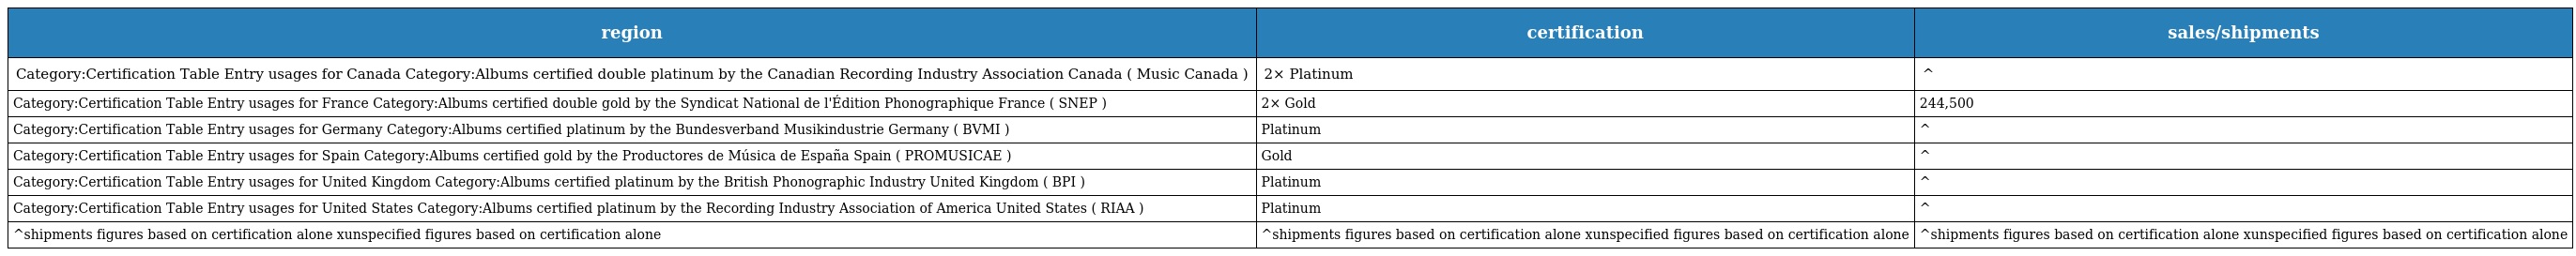
| region | certification | sales/shipments |
 | --- | --- | --- |
 | Category:Certification Table Entry usages for Canada Category:Albums certified double platinum by the Canadian Recording Industry Association Canada ( Music Canada ) | 2× Platinum | ^ |
 | Category:Certification Table Entry usages for France Category:Albums certified double gold by the Syndicat National de l'Édition Phonographique France ( SNEP ) | 2× Gold | 244,500 |
 | Category:Certification Table Entry usages for Germany Category:Albums certified platinum by the Bundesverband Musikindustrie Germany ( BVMI ) | Platinum | ^ |
 | Category:Certification Table Entry usages for Spain Category:Albums certified gold by the Productores de Música de España Spain ( PROMUSICAE ) | Gold | ^ |
 | Category:Certification Table Entry usages for United Kingdom Category:Albums certified platinum by the British Phonographic Industry United Kingdom ( BPI ) | Platinum | ^ |
 | Category:Certification Table Entry usages for United States Category:Albums certified platinum by the Recording Industry Association of America United States ( RIAA ) | Platinum | ^ |
 | ^shipments figures based on certification alone xunspecified figures based on certification alone | ^shipments figures based on certification alone xunspecified figures based on certification alone | ^shipments figures based on certification alone xunspecified figures based on certification alone |